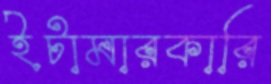
ইটামারকারি